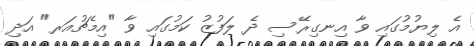
އެ ލިޔުމުގައި ވާ އިނގިރޭސި ދެ ލަފުޒު ކަމުގައި ވާ "އިމެޗުއަރ" އަދި